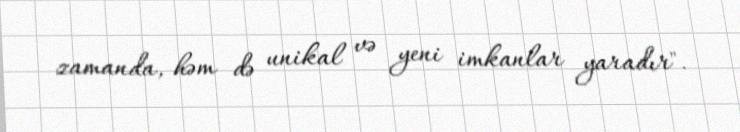
zamanda, həm də unikal və yeni imkanlar yaradır".